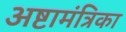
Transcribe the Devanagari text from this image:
अष्टामंत्रिका